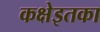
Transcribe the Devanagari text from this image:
कक्षेइतका